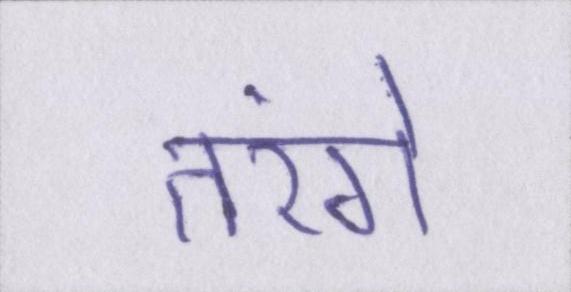
तरंगे